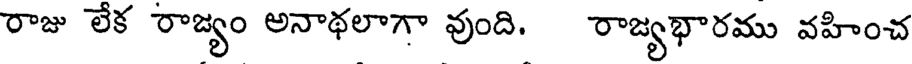
రాజు లేక రాజ్యం అనాథలాగా వుంది. రాజ్యభారము వహించ